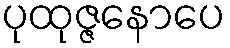
ပုထုဇ္ဇနောပေ